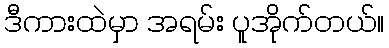
ဒီကားထဲမှာ အရမ်း ပူအိုက်တယ်။